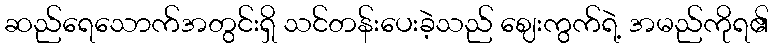
ဆည်ရေသောက်အတွင်းရှိ သင်တန်းပေးခဲ့သည် ဈေးကွက်ရဲ့ အမည်ကိုရ၏